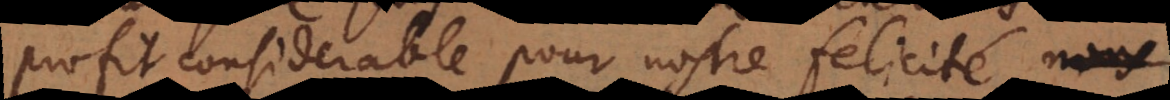
profit considerable pour nostre felicité, nous